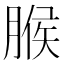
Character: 𦞈